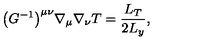
\bigl ( G ^ { - 1 } \bigr ) ^ { \mu \nu } \nabla _ { \mu } \nabla _ { \nu } T = \frac { L _ { T } } { 2 L _ { y } } ,